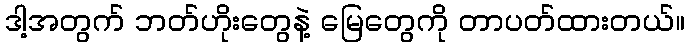
ဒါ့အတွက် ဘတ်ဟိုးတွေနဲ့ မြေတွေကို တာပတ်ထားတယ်။